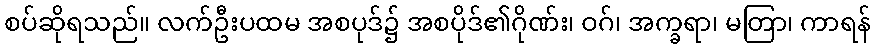
စပ်ဆိုရသည်။ လက်ဦးပထမ အစပုဒ်၌ အစပိုဒ်၏ဂိုဏ်း၊ ဝဂ်၊ အက္ခရာ၊ မတြာ၊ ကာရန်